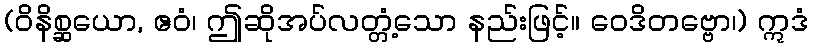
(ဝိနိစ္ဆယော, ဧဝံ၊ ဤဆိုအပ်လတ္တံ့သော နည်းဖြင့်။ ဝေဒိတဗ္ဗော၊) ဣဒံ